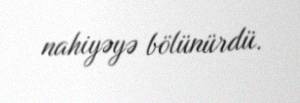
nahiyəyə bölünürdü.